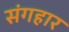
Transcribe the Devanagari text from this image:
संगहार